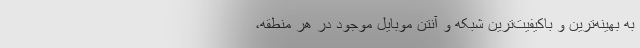
به بهینه‌ترین و باکیفیت‌ترین شبکه و آنتن موبایل موجود در هر منطقه،